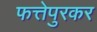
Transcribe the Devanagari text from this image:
फत्तेपुरकर